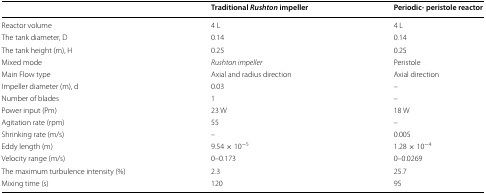
<table><thead><tr><td></td><td><b>Traditional <i>Rushton</i> impeller</b></td><td><b>Periodic- peristole reactor</b></td></tr></thead><tbody><tr><td>Reactor volume</td><td>4 L</td><td>4 L</td></tr><tr><td>The tank diameter, D</td><td>0.14</td><td>0.14</td></tr><tr><td>The tank height (m), H</td><td>0.25</td><td>0.25</td></tr><tr><td>Mixed mode</td><td><i>Rushton impeller</i></td><td>Peristole</td></tr><tr><td>Main Flow type</td><td>Axial and radius direction</td><td>Axial direction</td></tr><tr><td>Impeller diameter (m), d</td><td>0.03</td><td>–</td></tr><tr><td>Number of blades</td><td>1</td><td>–</td></tr><tr><td>Power input (Pm)</td><td>23 W</td><td>18 W</td></tr><tr><td>Agitation rate (rpm)</td><td>55</td><td>–</td></tr><tr><td>Shrinking rate (m/s)</td><td>–</td><td>0.005</td></tr><tr><td>Eddy length (m)</td><td>9.54 × 10<sup>−5</sup></td><td>1.28 × 10<sup>−4</sup></td></tr><tr><td>Velocity range (m/s)</td><td>0–0.173</td><td>0–0.0269</td></tr><tr><td>The maximum turbulence intensity (%)</td><td>2.3</td><td>25.7</td></tr><tr><td>Mixing time (s)</td><td>120</td><td>95</td></tr></tbody></table>